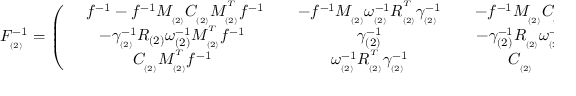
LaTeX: F _ { _ { ( 2 ) } } ^ { - 1 } = \left( \begin{array} { c c c } { { \ \; \; f ^ { - 1 } - f ^ { - 1 } M _ { _ { ( 2 ) } } C _ { _ { ( 2 ) } } M _ { _ { ( 2 ) } } ^ { ^ T } f ^ { - 1 } \; \; } } & { { \; \; - f ^ { - 1 } M _ { _ { ( 2 ) } } \omega _ { _ { ( 2 ) } } ^ { - 1 } R _ { _ { ( 2 ) } } ^ { ^ T } \gamma _ { _ { ( 2 ) } } ^ { - 1 } \; \; } } & { { \; \; - f ^ { - 1 } M _ { _ { ( 2 ) } } C _ { _ { ( 2 ) } } \; \; } } \\ { { - \gamma _ { _ { ( 2 ) } } ^ { - 1 } R _ { ( 2 ) } \omega _ { ( 2 ) } ^ { - 1 } M _ { _ { ( 2 ) } } ^ { ^ T } f ^ { - 1 } } } & { { \gamma _ { ( 2 ) } ^ { - 1 } } } & { { - \gamma _ { ( 2 ) } ^ { - 1 } R _ { _ { ( 2 ) } } \omega _ { _ { ( 2 ) } } ^ { - 1 } } } \\ { { C _ { _ { ( 2 ) } } M _ { _ { ( 2 ) } } ^ { ^ T } f ^ { - 1 } } } & { { \omega _ { _ { ( 2 ) } } ^ { - 1 } R _ { _ { ( 2 ) } } ^ { ^ T } \gamma _ { _ { ( 2 ) } } ^ { - 1 } } } & { { C _ { _ { ( 2 ) } } } } \end{array} \right) \; ,